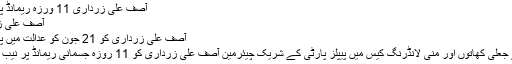
آصف علی زرداری 11 ورزہ ریمانڈ پر نیب کے حوالے
آصف علی زرداری 11 ور...
آصف علی زرداری کو 21 جون کو عدالت میں پیش کرنے کا حکم
احتساب عدالت نے جعلی کھاتوں اور منی لانڈرنگ کیس میں پیپلز پارٹی کے شریک چیئرمین آصف علی زرداری کو 11 روزہ جسمانی ریمانڈ پر نیب کے حوالے کردیا۔